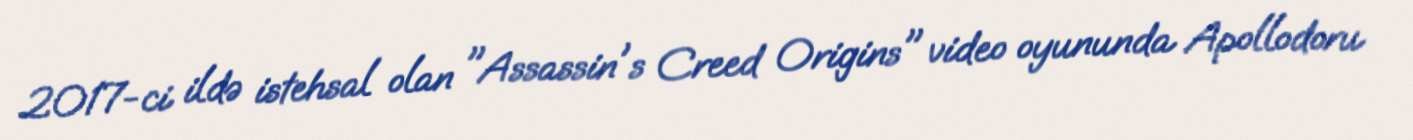
2017-ci ildə istehsal olan "Assassin's Creed Origins" video oyununda Apollodoru